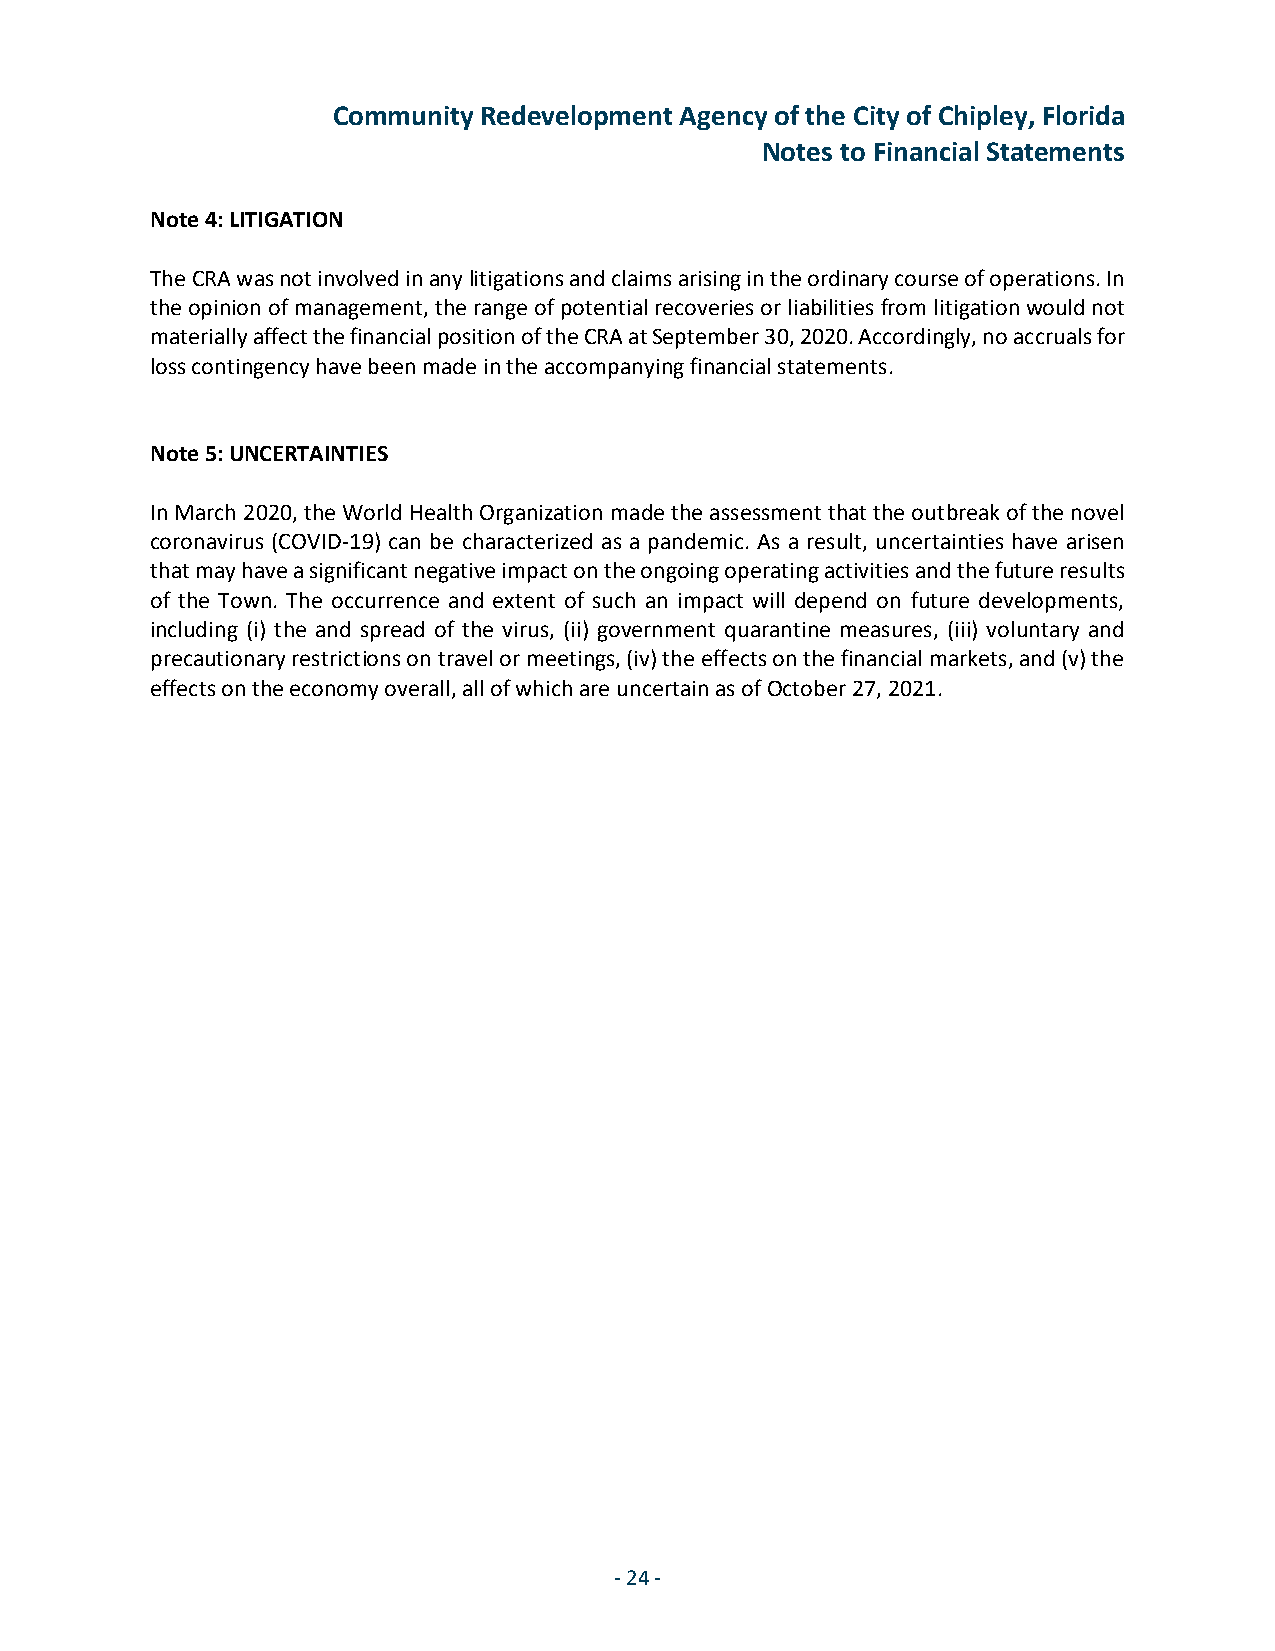
Community Redevelopment Agency of the City of Chipley, Florida
 Notes to Financial Statements
 Note 4: LITIGATION
 The CRA was not involved in any litigations and claims arising in the ordinary course of operations. In
 the opinion of management, the range of potential recoveries or liabilities from litigation would not
 materially affect the financial position of the CRA at September 30, 2020. Accordingly, no accruals for
 loss contingency have been made in the accompanying financial statements.
 Note 5: UNCERTAINTIES
 In March 2020, the World Health Organization made the assessment that the outbreak of the novel
 coronavirus (COVID‐19) can be characterized as a pandemic. As a result, uncertainties have arisen
 that may have a significant negative impact on the ongoing operating activities and the future results
 of the Town. The occurrence and extent of such an impact will depend on future developments,
 including (i) the and spread of the virus, (ii) government quarantine measures, (iii) voluntary and
 precautionary restrictions on travel or meetings, (iv) the effects on the financial markets, and (v) the
 effects on the economy overall, all of which are uncertain as of October 27, 2021.
 -24 -